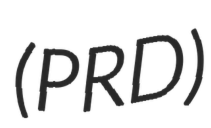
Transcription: (PRD)